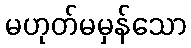
မဟုတ်မမှန်သော